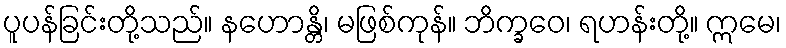
ပူပန်ခြင်းတို့သည်။ နဟောန္တိ၊ မဖြစ်ကုန်။ ဘိက္ခဝေ၊ ရဟန်းတို့။ ဣမေ၊